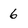
Character: 6